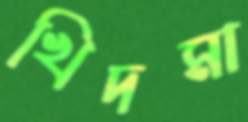
খিদমা